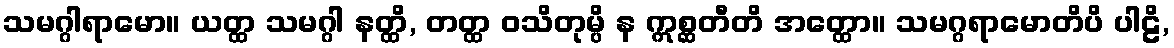
သမဂ္ဂါရာမော။ ယတ္ထ သမဂ္ဂါ နတ္ထိ, တတ္ထ ဝသိတုမ္ပိ န ဣစ္ဆတီတိ အတ္ထော။ သမဂ္ဂရာမောတိပိ ပါဠိ,